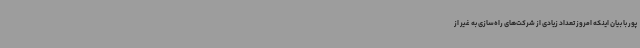
پور با بیان اینکه امروز تعداد زیادی از شرکت‌های راه‌سازی به غیر از